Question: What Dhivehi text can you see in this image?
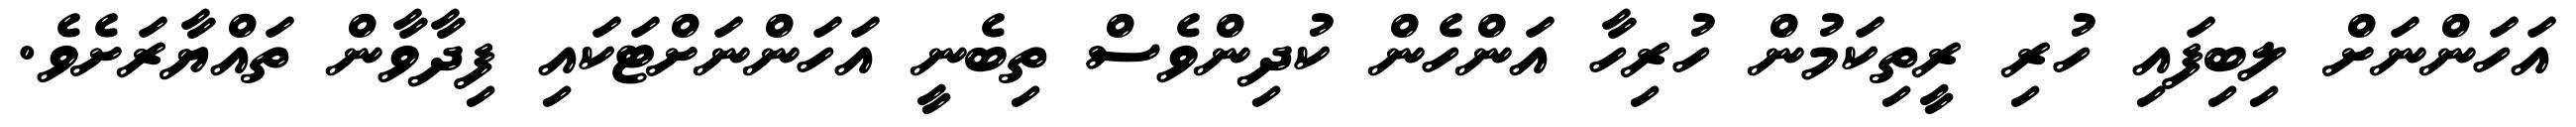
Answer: އަހަންނަށް ލިބިފައި ހުރި ރީތިކަމުން ހުރިހާ އަންހެން ކުދިންވެސް ތިބެނީ އަހަންނަށްޓަކައި ފިދާވާން ތައްޔާރަށެވެ.